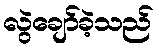
လွဲချော်ခဲ့သည်